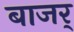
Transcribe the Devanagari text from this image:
बाजर्